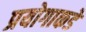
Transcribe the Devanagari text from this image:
प्रयोगाकडे